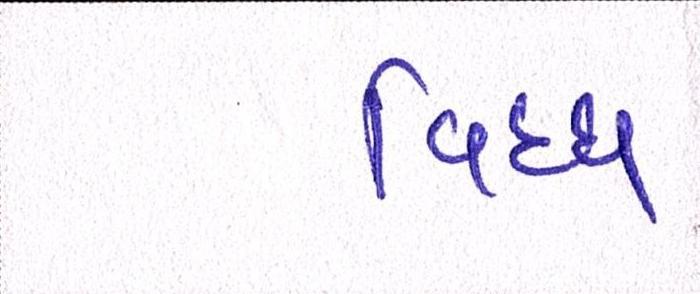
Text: વિઘ્ધ